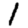
Digit: 1